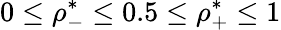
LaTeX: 0\leq\rho_{-}^{*}\leq 0.5\leq\rho_{+}^{*}\leq 1